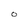
Character: O